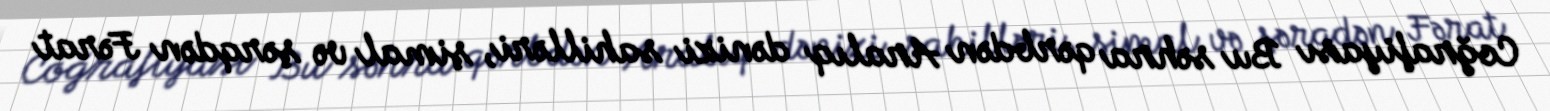
Coğrafiyası Bu səhra qərbdən Aralıq dənizi sahilləri, şimal və şərqdən Fərat